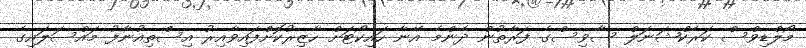
މޯލްޑިވްސް ކަރެކްޝަނަލް ސާވިސްގެ ފަރާތުން ދެންމެ އޭނާ ހައިކޯޓަށް ހާޒިރުކޮށްފައިވާއިރު އިސްތިއުނާފު މައްސަލައިގެ